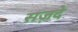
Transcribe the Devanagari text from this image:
सज़दे